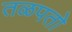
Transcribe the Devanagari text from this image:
तळपतो